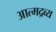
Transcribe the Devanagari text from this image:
आत्मद्रव्य